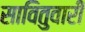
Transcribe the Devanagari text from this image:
सावितुवारी